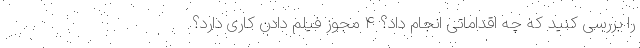
را بررسی کنید که چه اقداماتی انجام داد؟ ۴ مجوز فیلم دادن کاری دارد؟